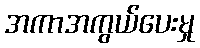
အကာအကွယ်ပေးမှု